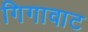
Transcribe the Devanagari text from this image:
गिगावाट